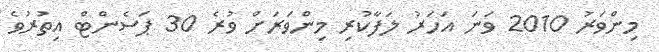
މިންވަރު 2010 ވަނަ އަހަރު ލަފާކުރި މިންވަރަށް ވުރެ 30 ޕަސެންޓް އިތުރުވެ